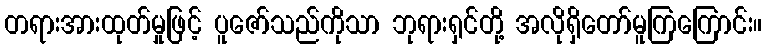
တရားအားထုတ်မှုဖြင့် ပူဇော်သည်ကိုသာ ဘုရားရှင်တို့ အလိုရှိတော်မူကြကြောင်း။